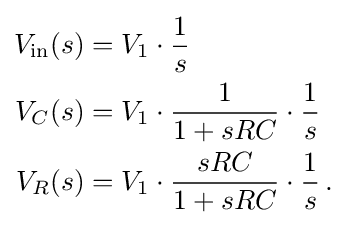
{\begin{aligned}V_{\mathrm {in} }(s)&=V_{1}\cdot {\frac {1}{s}}\\V_{C}(s)&=V_{1}\cdot {\frac {1}{1+sRC}}\cdot {\frac {1}{s}}\\V_{R}(s)&=V_{1}\cdot {\frac {sRC}{1+sRC}}\cdot {\frac {1}{s}}\,.\end{aligned}}